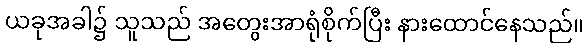
ယခုအခါ၌ သူသည် အတွေးအာရုံစိုက်ပြီး နားထောင်နေသည်။